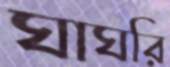
ঘাঘরি